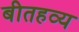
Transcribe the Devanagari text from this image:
बीतहव्य